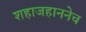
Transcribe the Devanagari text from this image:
शहाजहाननेच